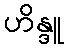
ဟိန္ဒူ